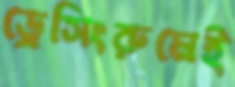
ড্রেসিংরুমেই